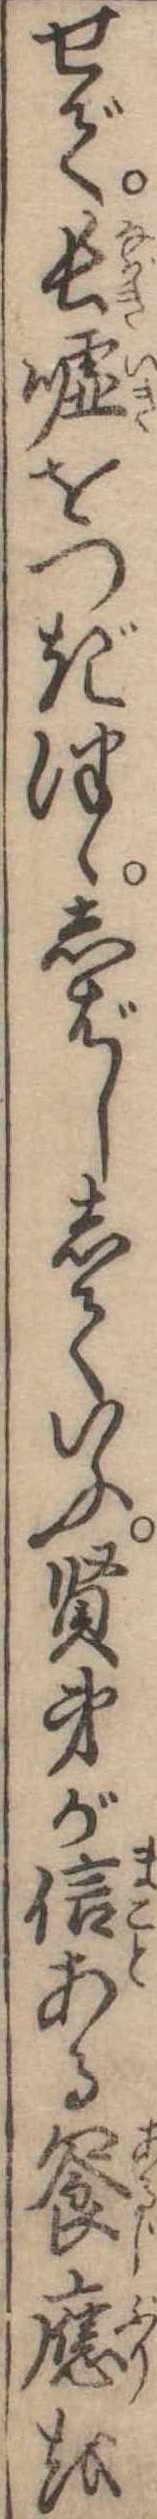
せで長嘘をつぎつゝしばししていふ賢弟が信ある饗応を